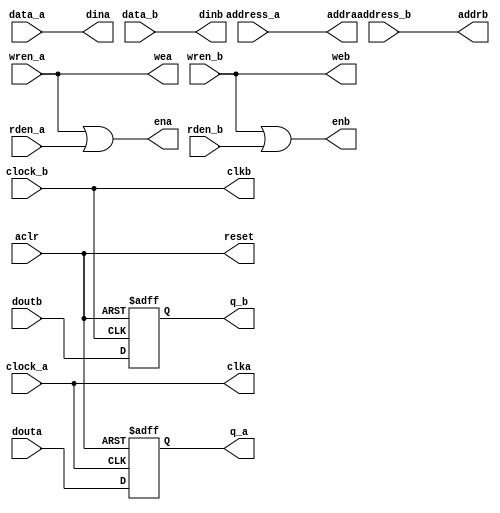
// ============================================================================
// KEYWORDS 		: 	SYNCFIFO
// ----------------------------------------------------------------------------
// PURPOSE 			: 	SYNCFIFO with configurable data width and fifo depth
// ----------------------------------------------------------------------------
// ============================================================================
// REUSE ISSUES
// Reset Strategy	:	Async clear,active low
// Clock Domains	:	clk
// Critical TiminG	:	N/A
// Instantiations	:	N/A
// Synthesizable	:	N/A
// Others			:	N/A
// ****************************************************************************
module ASYNCRAM
#(parameter
	DataWidth				= 32,				//This is data width
	DataDepth				= 2,				//for ASYNC,DataDepth must be 2^n (n>=1). for SYNC,DataDepth is a positive number(>=1)
	RAMAddWidth				= 2					//The RAM address width
)(
	input   wire	          			aclr,			//Reset the all write signal	
	input	wire	[RAMAddWidth-1:0]	address_a,		//RAM A port address
	input	wire	[RAMAddWidth-1:0]	address_b,		//RAM B port assress
	input   wire	          			clock_a,		//Port A clock
	input   wire	          			clock_b,		//Port B clock	
	input	wire	[DataWidth-1:0]		data_a,			//The Inport of data 
	input	wire	[DataWidth-1:0]		data_b,			//The Inport of data 
	input   wire	          			rden_a,			//active-high, read signal
	input   wire	          			rden_b,			//active-high, read signal
	input	wire						wren_a,			//active-high, write signal
	input	wire						wren_b,			//active-high, write signal
	output	reg		[DataWidth-1:0]		q_a,			//The Output of data
	output	reg		[DataWidth-1:0]		q_b,			//The Output of data
	// ASIC RAM
	output	wire						reset,			//Reset the RAM, active higt
	output	wire						clka,			//Port A clock
	output	wire						ena,			//Port A enable
	output	wire						wea,			//Port A write
	output	wire	[RAMAddWidth-1:0]	addra,			//Port A address
	output	wire	[DataWidth-1:0]		dina,			//Port A input data
	input	wire	[DataWidth-1:0]		douta,			//Port A output data
	output	wire						clkb,			//Port B clock
	output	wire						enb,			//Port B enable
	output	wire						web,			//Port B write
	output	wire	[RAMAddWidth-1:0]	addrb,			//Port B address
	output	wire	[DataWidth-1:0]		dinb,			//Port B input data
	input	wire	[DataWidth-1:0]		doutb			//Port B output data
   );

	//---------------------------------
	//Wire Connection
	//---------------------------------
	assign	reset					=	aclr;			//Reset the all write signal	
	assign	clka					=	clock_a;		//Port A clock
	assign	clkb					=	clock_b;		//Port B clock	
	assign	addra					=	address_a;		//RAM A port address
	assign	addrb					=	address_b;		//RAM B port address
	assign	dina					=	data_a;			//RAM A input data	
	assign	dinb					=	data_b;			//RAM B input data
	
	//---------------------------------
	//RAM Control
	//---------------------------------	
	assign	ena						=	wren_a|rden_a;	//Port A enable
	assign	wea						=	wren_a;			//Port A write
	assign	enb						=	wren_b|rden_b;	//Port B enable
	assign	web						=	wren_b;			//Port B write	
	
	//---------------------------------
	//Data output
	//---------------------------------
	always@(posedge clock_a or posedge aclr)
		if (aclr)begin
			q_a						<= {DataWidth{1'b0}};
		end
		else begin
			q_a						<= douta;
		end
	always@(posedge clock_b or posedge aclr)
		if (aclr)begin
			q_b						<= {DataWidth{1'b0}};
		end
		else begin
			q_b						<= doutb;
		end	
endmodule